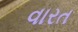
વારત